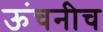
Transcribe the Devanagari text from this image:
ऊंचनीच